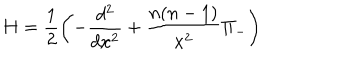
H = \frac { 1 } { 2 } \left( - \frac { d ^ { 2 } } { d x ^ { 2 } } + \frac { n ( n - 1 ) } { x ^ { 2 } } \Pi _ { - } \right)